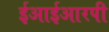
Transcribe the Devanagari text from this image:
ईआईआरपी